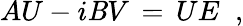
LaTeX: AU-i\mathit{B}V\, =\, UE\; \; ,